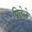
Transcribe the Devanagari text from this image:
पिछेले